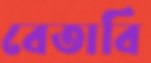
বেতাবি